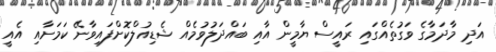
އަދި މާދަމާގެ ވަގުތެއްގައި ރައީސް ޔާމީން އާއި ބައްދަލުވުމެއް ޝެޑިއުލްކޮށްފައިވާނޭ ކަމަށާއި އެއީ